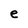
Character: e